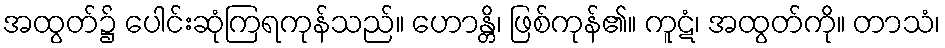
အထွတ်၌ ပေါင်းဆုံကြရကုန်သည်။ ဟောန္တိ၊ ဖြစ်ကုန်၏။ ကူဋံ၊ အထွတ်ကို။ တာသံ၊